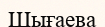
Шығаева